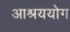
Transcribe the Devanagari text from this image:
आश्रययोग